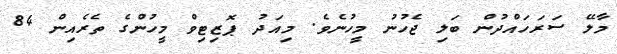
މާލޭ ސަރަހައްދުން ބަލި ޖެހުނު މީހުނެވެ. މިއަދު ޕޮޒިޓިވް މީހުންގެ ތެރެއިން 84